Scottish assistants in French and German schools and colleges, 1939
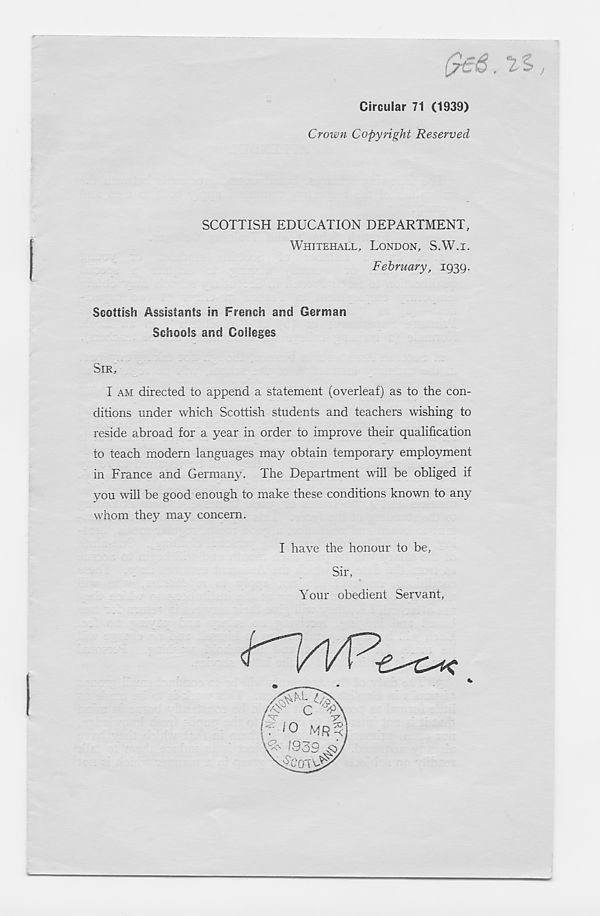
Circular 71 (1939)
Crown Copyright Reserved
SCOTTISH EDUCATION DEPARTMENT,
WHITEHALL, LONDON, S.W.I.
February, 1939.
Scottish Assistants in French and German
Schools and Colleges
SIR
I AM directed to append a statement (overleaf) as to the con-
ditions under which Scottish students and teachers wishing to
reside abroad for a year in order to improve their qualification
to teach modern languages may obtain temporary employment
in France and Germany. The Department will be obliged if
you will be good enough to make these conditions known to any
whom they may concern.
I have the honour to be,
Sir,
Your obedient Servant,